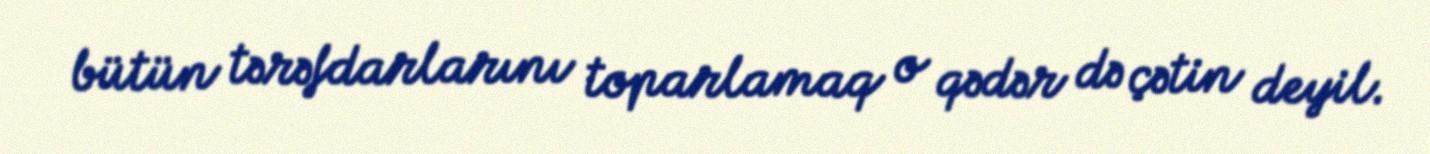
bütün tərəfdarlarını toparlamaq o qədər də çətin deyil.